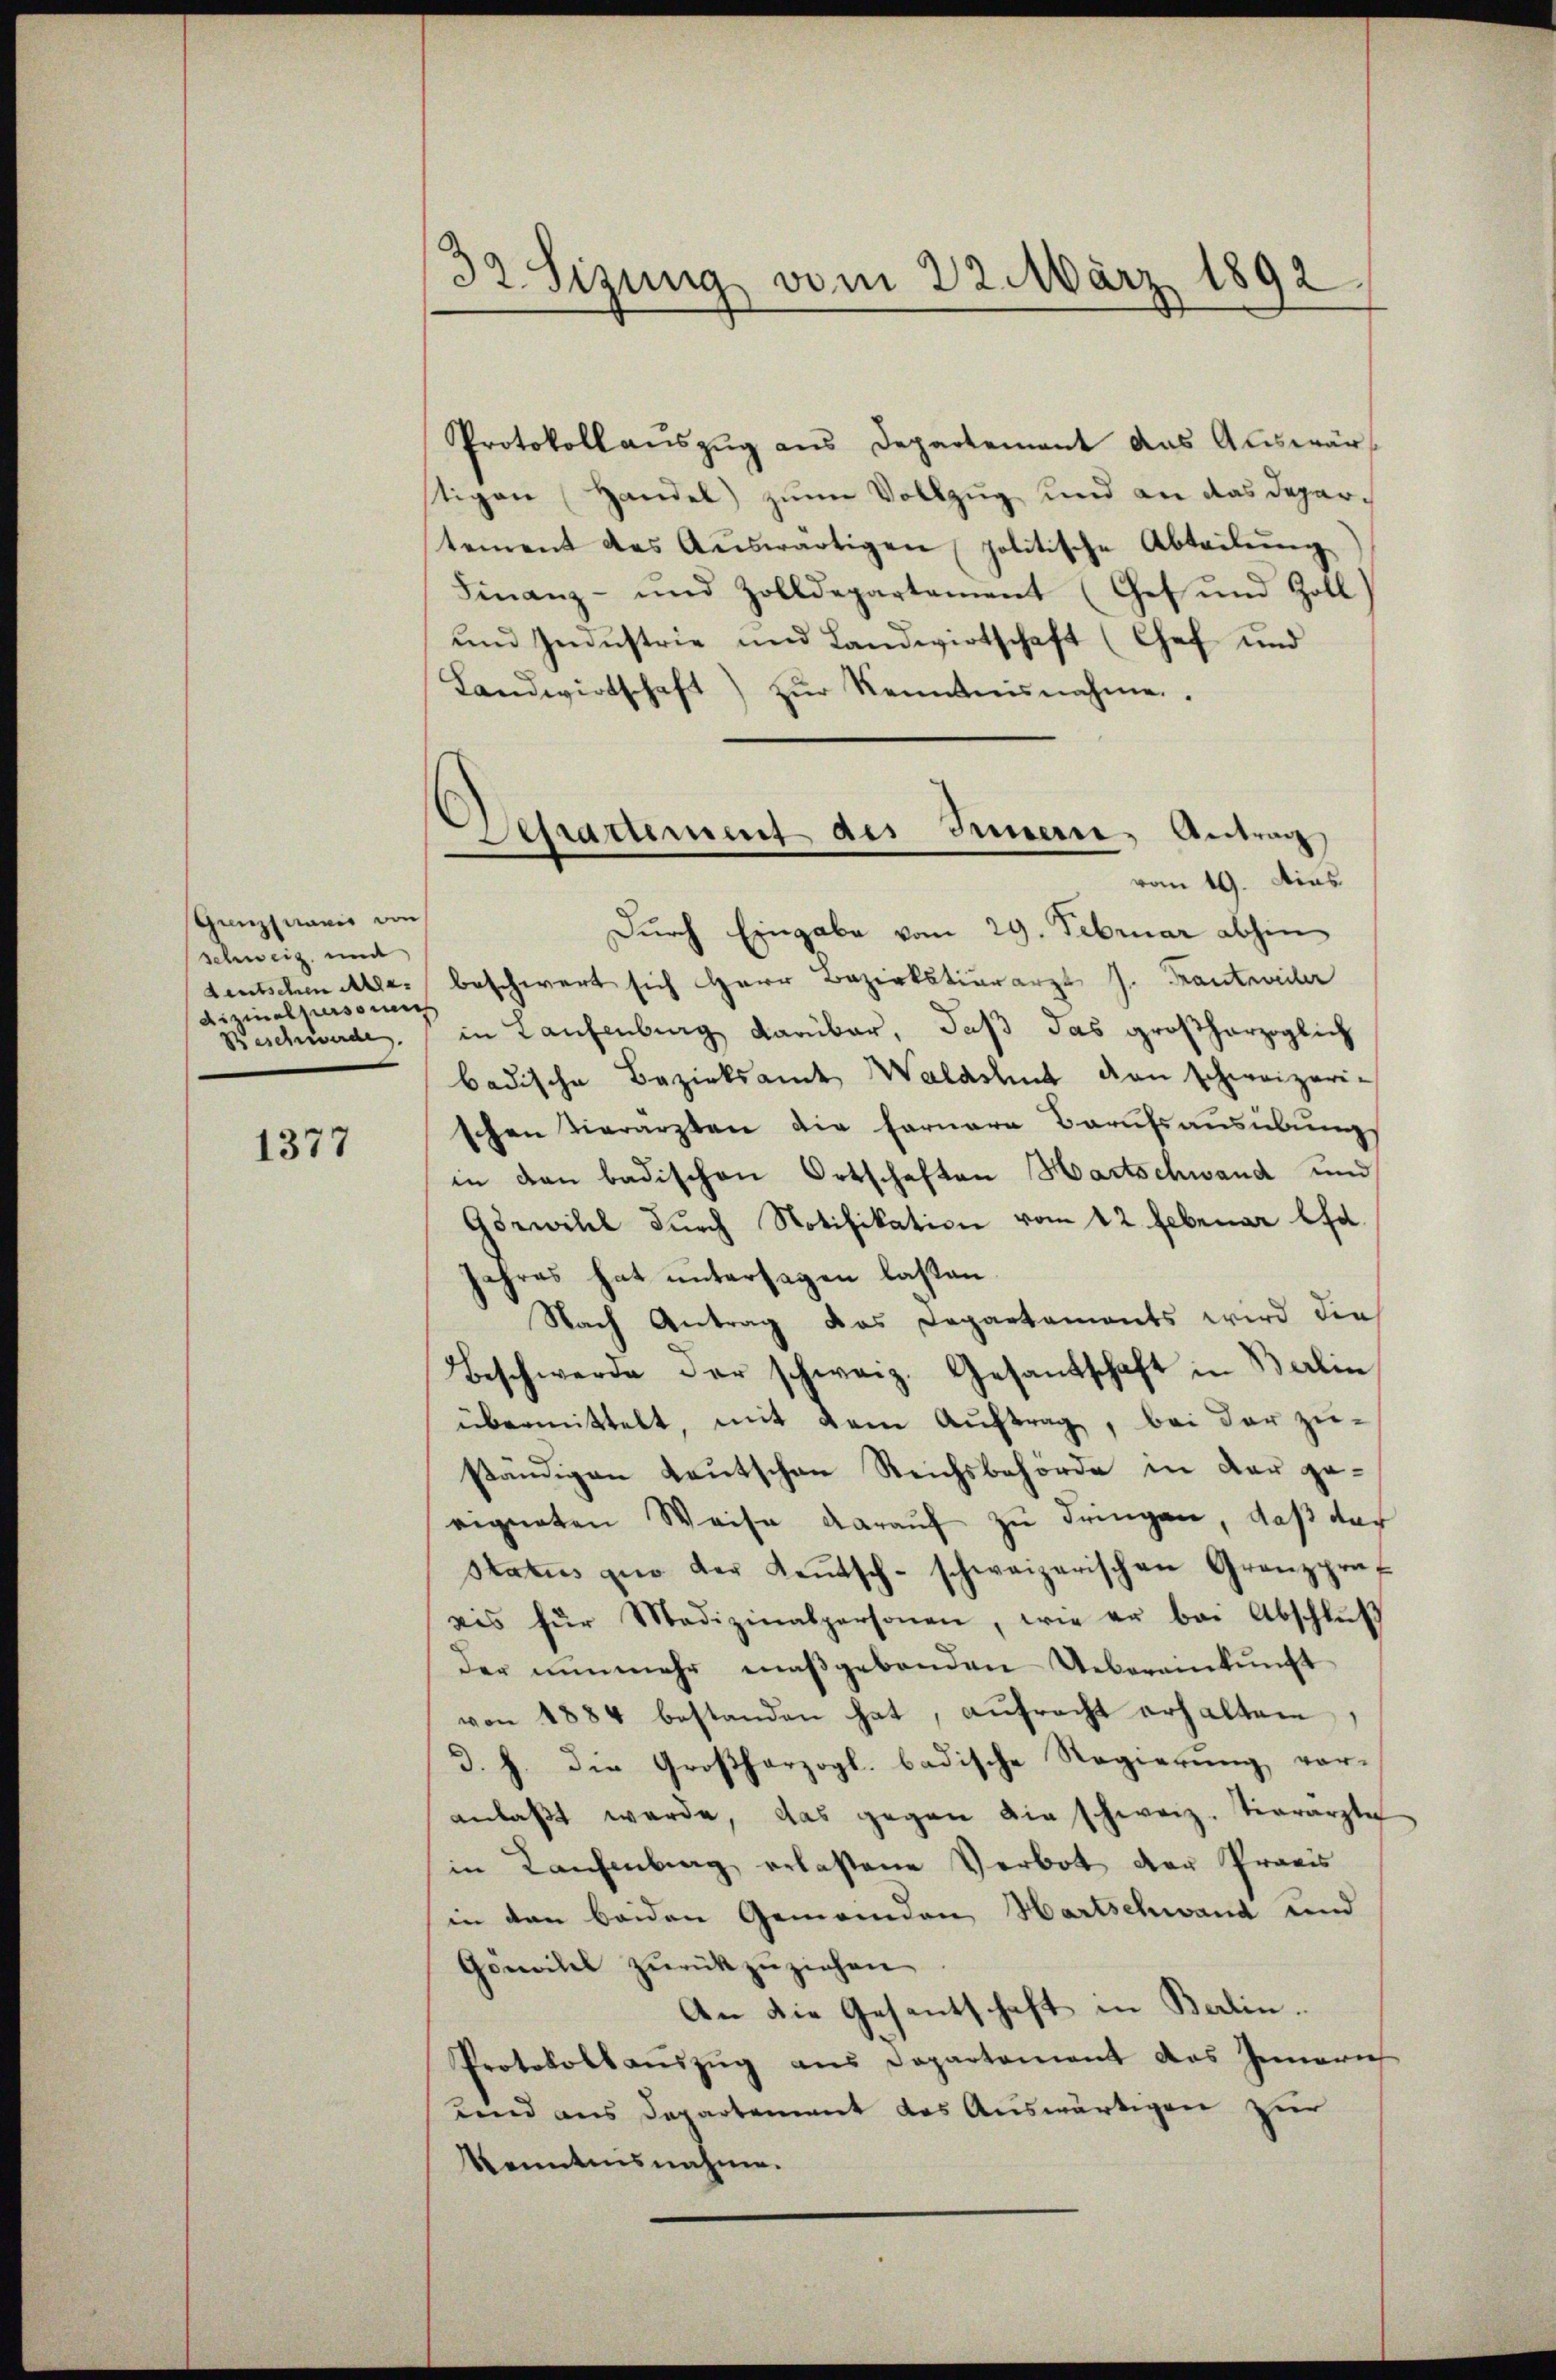
Gunzmanis von
schweiz. und
dizinalperso mich

1377

32 Sizung vom 22. März 1892

Protokollauszug aus Departement das Auswärstigen (Handel zum Vollzug und an das Departement des Aŭswärtigen politische Abteilŭng
Finanz- und Zolldepartement (Get und Zoll
und Industrie und Landwirtschaft (Chef und
Landwirtschaft) zŭr Kenntnisnahme.
Durch Eingabe vom 29. Februar abhin
deutschen Alles beschwert sich Herr Bezirkstierarzt J. Frantweiler
Beschwerde. in Laufenburg darüber, daß das großherzoglich
badische Bezirksamt Waladent den schweizeri-
schen Tierarzten die farnere Berufsausübung
in den badischen Ortschaften Hartschwand und
Görwill durch Notifikation vom 12. Februar lfd.
jahres hat untersagen lasten.
Nach Antrag das Departaments wird dies
Beschwerde der schweiz. Gesandschaft in Balin
übermittelt, mit dem Auftrag, bei der zuständigen Lautschen Reichsbehörde in der geeigneten Weise darauf zu dringen, daß der
Status zur der Keṅtsch-schweizerischen Gränz(...)-
uis für Medizinalpersonen, wie er bei Abschlŭβ
der nunmehr maßgebenden Uebereinkunft
von 1884 bestanden hat, aŭfracht erhalten,
d. h. die Großherzogl. badische Regierung voranlaβt werde, das gegen die schweiz. Tierarzte
in Laufenburg erlassene Verbot der Provis
in den beiden Gemeinden Hartschwand und
Gömilel zurückzuziehen.
An die Gesantschaft in Berlin.
Protokollaŭszŭg ans Departement das Innern
unnd aus Departement das Auswärtigen zur
Kenntnisnahme.

¬
Schrattment des Innern, Antrag
vom 19. Ains